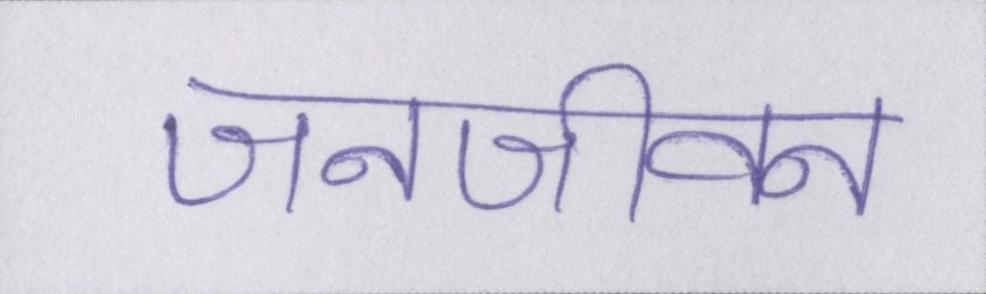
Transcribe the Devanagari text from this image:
जनजीवन